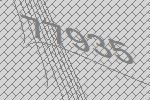
77935